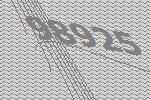
98925